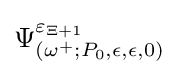
\Psi _{(\omega ^{+};P_{0},\epsilon ,\epsilon ,0)}^{\varepsilon _{\Xi +1}}